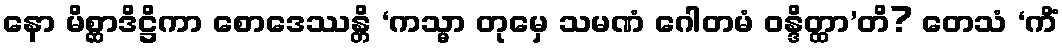
နော မိစ္ဆာဒိဋ္ဌိကာ စောဒေဿန္တိ ‘ကသ္မာ တုမှေ သမဏံ ဂေါတမံ ဝန္ဒိတ္ထာ’တိ? တေသံ ‘ကိံ